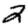
Digit: 2